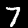
Label: 7